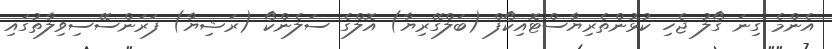
އެންމެ ގިނަ ގޯލު ޖެހި ކުޅުންތެރިޔާސްޓޮއިކޯފް (ބަލްގޭރިޔާ) އޮލްގެ ސަލެންކޯ (ރަޝިޔާ) ފަރަންސޭސިވިލާތުގައި